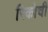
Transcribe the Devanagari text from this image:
रिकोची